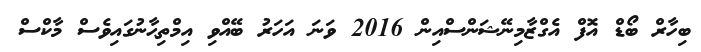
ބިހާރް ބޯޑް އޮފް އެގްޒާމިނޭޝަންސްއިން 2016 ވަނަ އަހަރު ބޭއްވި އިމްތިޙާނުގައިވެސް މާކްސް